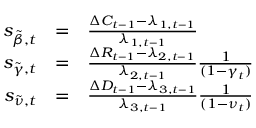
\begin{array} { r c l } { s _ { \tilde { \beta } , t } } & { = } & { \frac { \Delta C _ { t - 1 } - \lambda _ { 1 , t - 1 } } { \lambda _ { 1 , t - 1 } } } \\ { s _ { \tilde { \gamma } , t } } & { = } & { \frac { \Delta R _ { t - 1 } - \lambda _ { 2 , t - 1 } } { \lambda _ { 2 , t - 1 } } \frac { 1 } { ( 1 - \gamma _ { t } ) } } \\ { s _ { \tilde { \nu } , t } } & { = } & { \frac { \Delta D _ { t - 1 } - \lambda _ { 3 , t - 1 } } { \lambda _ { 3 , t - 1 } } \frac { 1 } { ( 1 - \nu _ { t } ) } } \end{array}